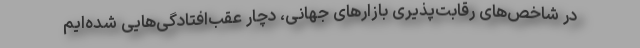
در شاخص‌های رقابت‌پذيری بازارهای جهانی، دچار عقب‌افتادگی‌هايی شده‌ايم